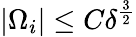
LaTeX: |\Omega_{i}|\leq C\delta^{\frac{3}{2}}